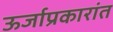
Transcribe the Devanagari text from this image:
ऊर्जाप्रकारांत